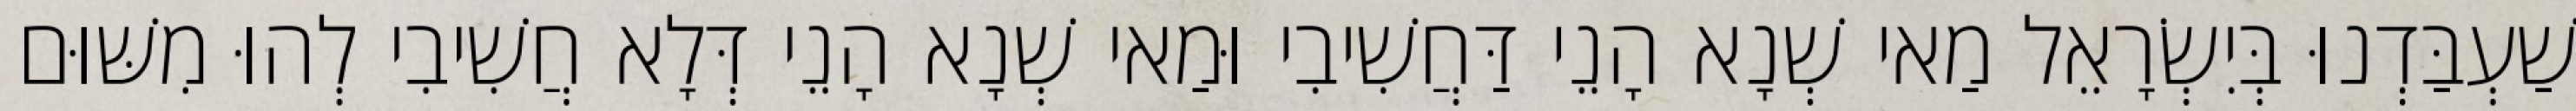
שַׁעְבַּדְנוּ בְּיִשְׂרָאֵל מַאי שְׁנָא הָנֵי דַּחֲשִׁיבִי וּמַאי שְׁנָא הָנֵי דְּלָא חֲשִׁיבִי לְהוּ מִשּׁוּם